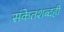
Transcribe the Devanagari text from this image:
संकेतशब्दही